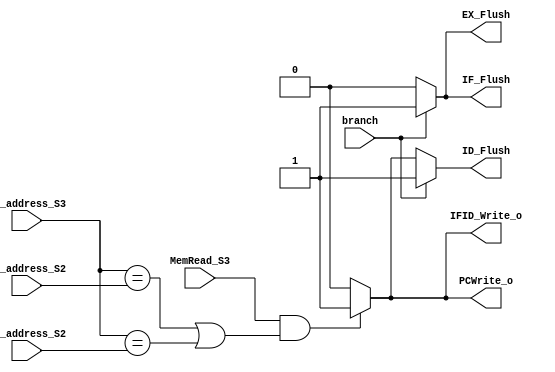
// 109550182

module Hazard (MemRead_S3, RT_address_S2, RT_address_S3, RS_address_S2, branch, 
	PCWrite_o, IFID_Write_o, IF_Flush, ID_Flush, EX_Flush);

input          MemRead_S3, branch;
input [5-1:0]  RT_address_S2, RT_address_S3, RS_address_S2;
output reg     PCWrite_o, IFID_Write_o, IF_Flush, ID_Flush, EX_Flush;

// Main Function
always @(*) begin

	PCWrite_o <= 0;
	IFID_Write_o <= 0;
	IF_Flush <= 0;
	ID_Flush <= 0;
	EX_Flush <= 0;

	// load use data hazard
	if (MemRead_S3 && ((RT_address_S3 == RS_address_S2) || (RT_address_S3 == RT_address_S2))) begin
		PCWrite_o <= 1;
		IFID_Write_o <= 1;
		ID_Flush <= 1;
	end

	// branch hazard       
	if (branch == 1) begin
		IF_Flush <= 1;
		ID_Flush <= 1;
		EX_Flush <= 1;
	end                    
end

endmodule